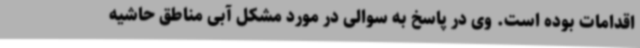
اقدامات بوده است. وی در پاسخ به سوالی در مورد مشکل آبی مناطق حاشیه